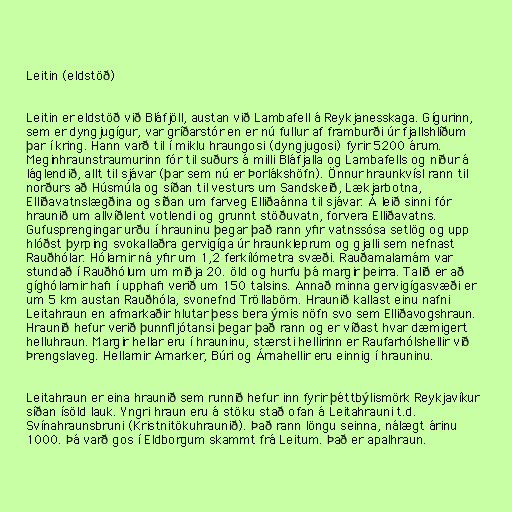
Leitin (eldstöð)

Leitin er eldstöð við Bláfjöll, austan við Lambafell á Reykjanesskaga. Gígurinn,
sem er dyngjugígur, var gríðarstór en er nú fullur af framburði úr fjallshlíðum
þar í kring. Hann varð til í miklu hraungosi (dyngjugosi) fyrir 5200 árum.
Meginhraunstraumurinn fór til suðurs á milli Bláfjalla og Lambafells og niður á
láglendið, allt til sjávar (þar sem nú er Þorlákshöfn). Önnur hraunkvísl rann til
norðurs að Húsmúla og síðan til vesturs um Sandskeið, Lækjarbotna,
Elliðavatnslægðina og síðan um farveg Elliðaánna til sjávar. Á leið sinni fór
hraunið um allvíðlent votlendi og grunnt stöðuvatn, forvera Elliðavatns.
Gufusprengingar urðu í hrauninu þegar það rann yfir vatnssósa setlög og upp
hlóðst þyrping svokallaðra gervigíga úr hraunkleprum og gjalli sem nefnast
Rauðhólar. Hólarnir ná yfir um 1,2 ferkílómetra svæði. Rauðamalarnám var
stundað í Rauðhólum um miðja 20. öld og hurfu þá margir þeirra. Talið er að
gíghólarnir hafi í upphafi verið um 150 talsins. Annað minna gervigígasvæði er
um 5 km austan Rauðhóla, svonefnd Tröllabörn. Hraunið kallast einu nafni
Leitahraun en afmarkaðir hlutar þess bera ýmis nöfn svo sem Elliðavogshraun.
Hraunið hefur verið þunnfljótansi þegar það rann og er víðast hvar dæmigert
helluhraun. Margir hellar eru í hrauninu, stærsti hellirinn er Raufarhólshellir við
Þrengslaveg. Hellarnir Arnarker, Búri og Árnahellir eru einnig í hrauninu.

Leitahraun er eina hraunið sem runnið hefur inn fyrir þéttbýlismörk Reykjavíkur
síðan ísöld lauk. Yngri hraun eru á stöku stað ofan á Leitahrauni t.d.
Svínahraunsbruni (Kristnitökuhraunið). Það rann löngu seinna, nálægt árinu
1000. Þá varð gos í Eldborgum skammt frá Leitum. Það er apalhraun.